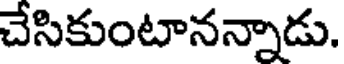
చేసికుంటానన్నాడు.